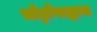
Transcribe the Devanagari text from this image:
चोट्टोपाद्धाय